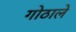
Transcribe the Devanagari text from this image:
गोठाले